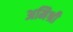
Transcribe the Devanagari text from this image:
अमिश्री